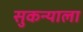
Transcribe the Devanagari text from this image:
सुकन्याला